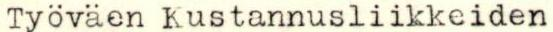
Työväen Kustannusliikkeiden